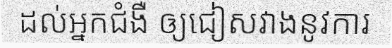
ដល់អ្នកជំងឺ ឲ្យជៀសវាងនូវការ